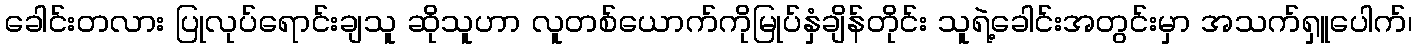
ခေါင်းတလား ပြုလုပ်ရောင်းချသူ ဆိုသူဟာ လူတစ်ယောက်ကိုမြုပ်နှံချိန်တိုင်း သူရဲ့ခေါင်းအတွင်းမှာ အသက်ရှူပေါက်၊